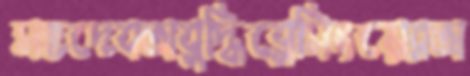
সহদেবঅবুদ্ধিব্লেসিংয়েরঅ